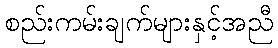
စည်းကမ်းချက်များနှင့်အညီ